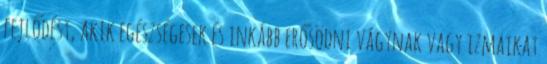
fejlődést, akik egészségesek és inkább erősödni vágynak vagy izmaikat